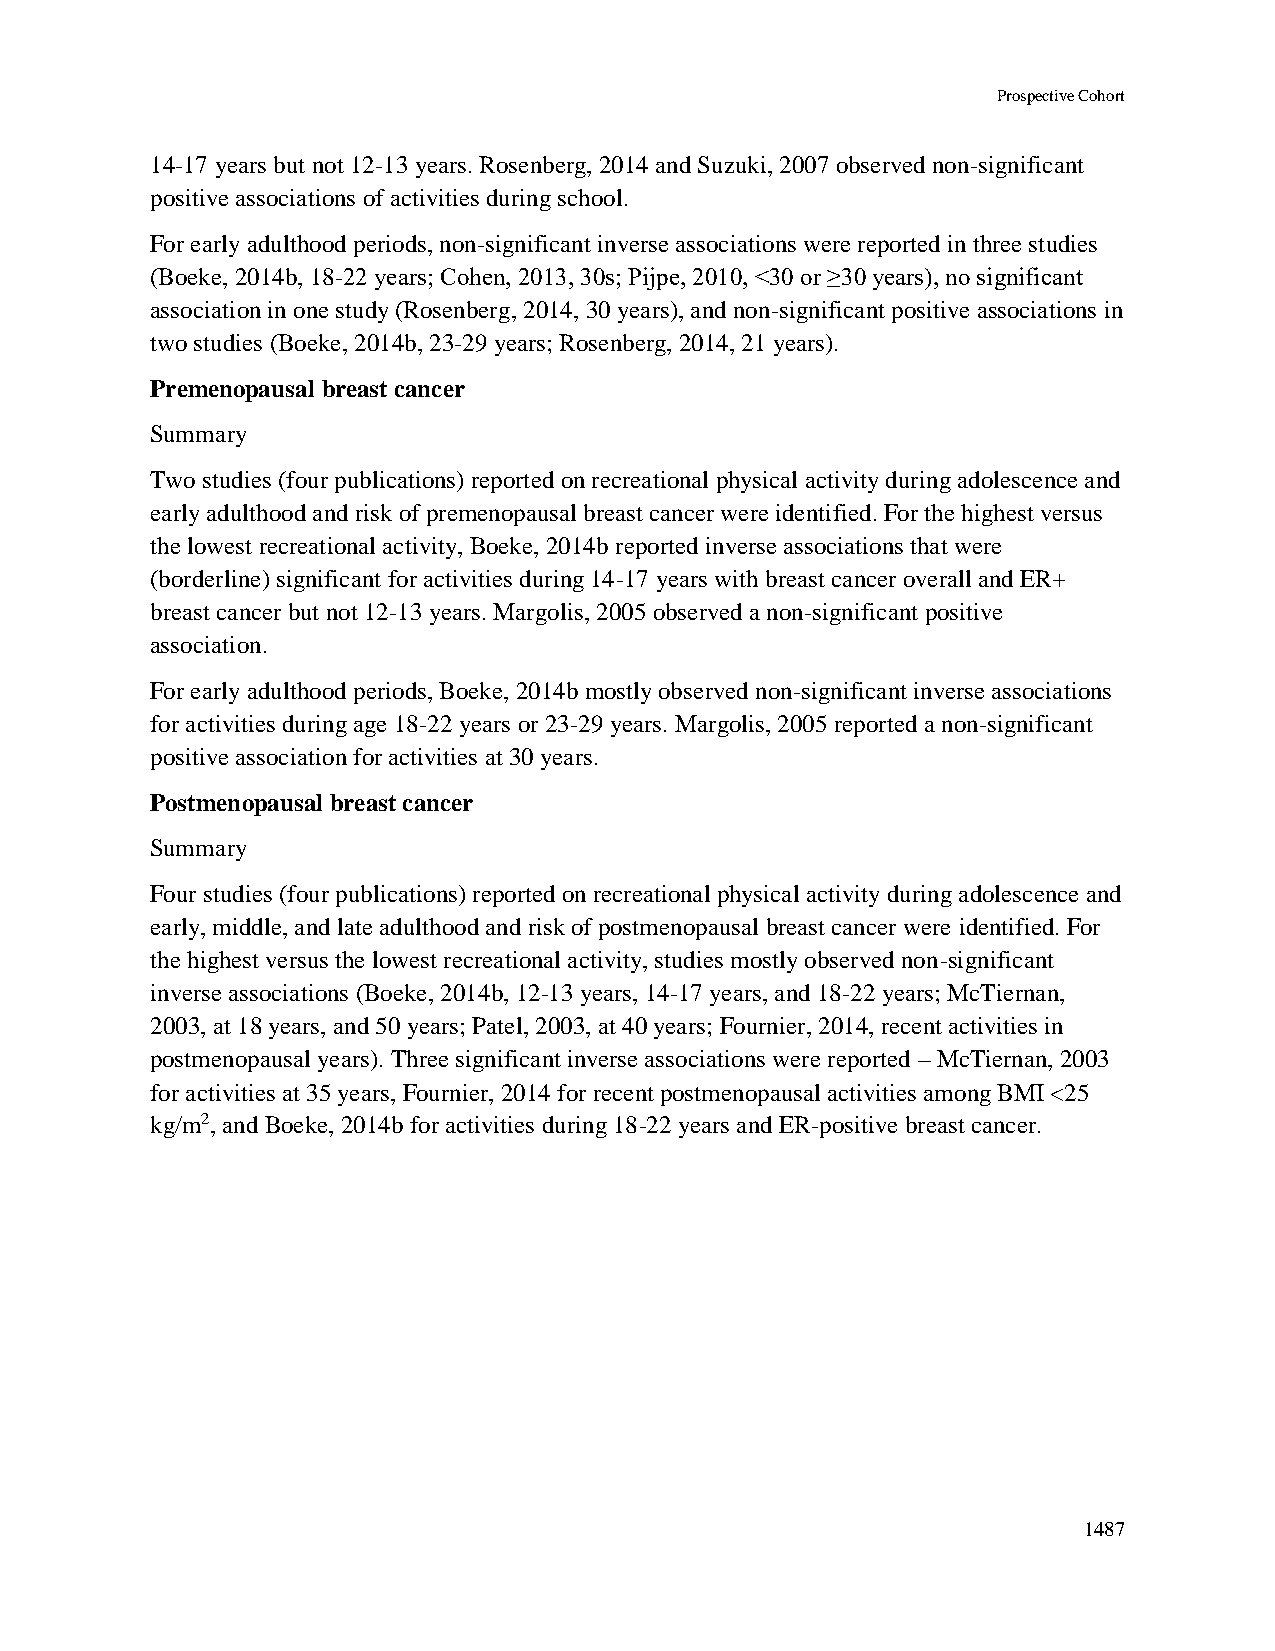
Prospective Cohort
 14-17 years but not 12-13 years. Rosenberg, 2014 and Suzuki, 2007 observed non-significant
 positive associations of activities during school.
 For early adulthood periods, non-significant inverse associations were reported in three studies
 (Boeke, 2014b, 18-22 years; Cohen, 2013, 30s; Pijpe, 2010, <30 or ≥30 years), no significant
 association in one study (Rosenberg, 2014, 30 years), and non-significant positive associations in
 two studies (Boeke, 2014b, 23-29 years; Rosenberg, 2014, 21 years).
 Premenopausal breast cancer
 Summary
 Two studies (four publications) reported on recreational physical activity during adolescence and
 early adulthood and risk of premenopausal breast cancer were identified. For the highest versus
 the lowest recreational activity, Boeke, 2014b reported inverse associations that were
 (borderline) significant for activities during 14-17 years with breast cancer overall and ER+
 breast cancer but not 12-13 years. Margolis, 2005 observed a non-significant positive
 association.
 For early adulthood periods, Boeke, 2014b mostly observed non-significant inverse associations
 for activities during age 18-22 years or 23-29 years. Margolis, 2005 reported a non-significant
 positive association for activities at 30 years.
 Postmenopausal breast cancer
 Summary
 Four studies (four publications) reported on recreational physical activity during adolescence and
 early, middle, and late adulthood and risk of postmenopausal breast cancer were identified. For
 the highest versus the lowest recreational activity, studies mostly observed non-significant
 inverse associations (Boeke, 2014b, 12-13 years, 14-17 years, and 18-22 years; McTiernan,
 2003, at 18 years, and 50 years; Patel, 2003, at 40 years; Fournier, 2014, recent activities in
 postmenopausal years). Three significant inverse associations were reported – McTiernan, 2003
 for activities at 35 years, Fournier, 2014 for recent postmenopausal activities among BMI <25
 kg/m2, and Boeke, 2014b for activities during 18-22 years and ER-positive breast cancer.
 1487